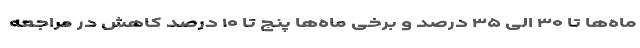
ماه‌ها تا ۳۰ الی ۳۵ درصد و برخی ماه‌ها پنج تا ۱۰ درصد کاهش در مراجعه